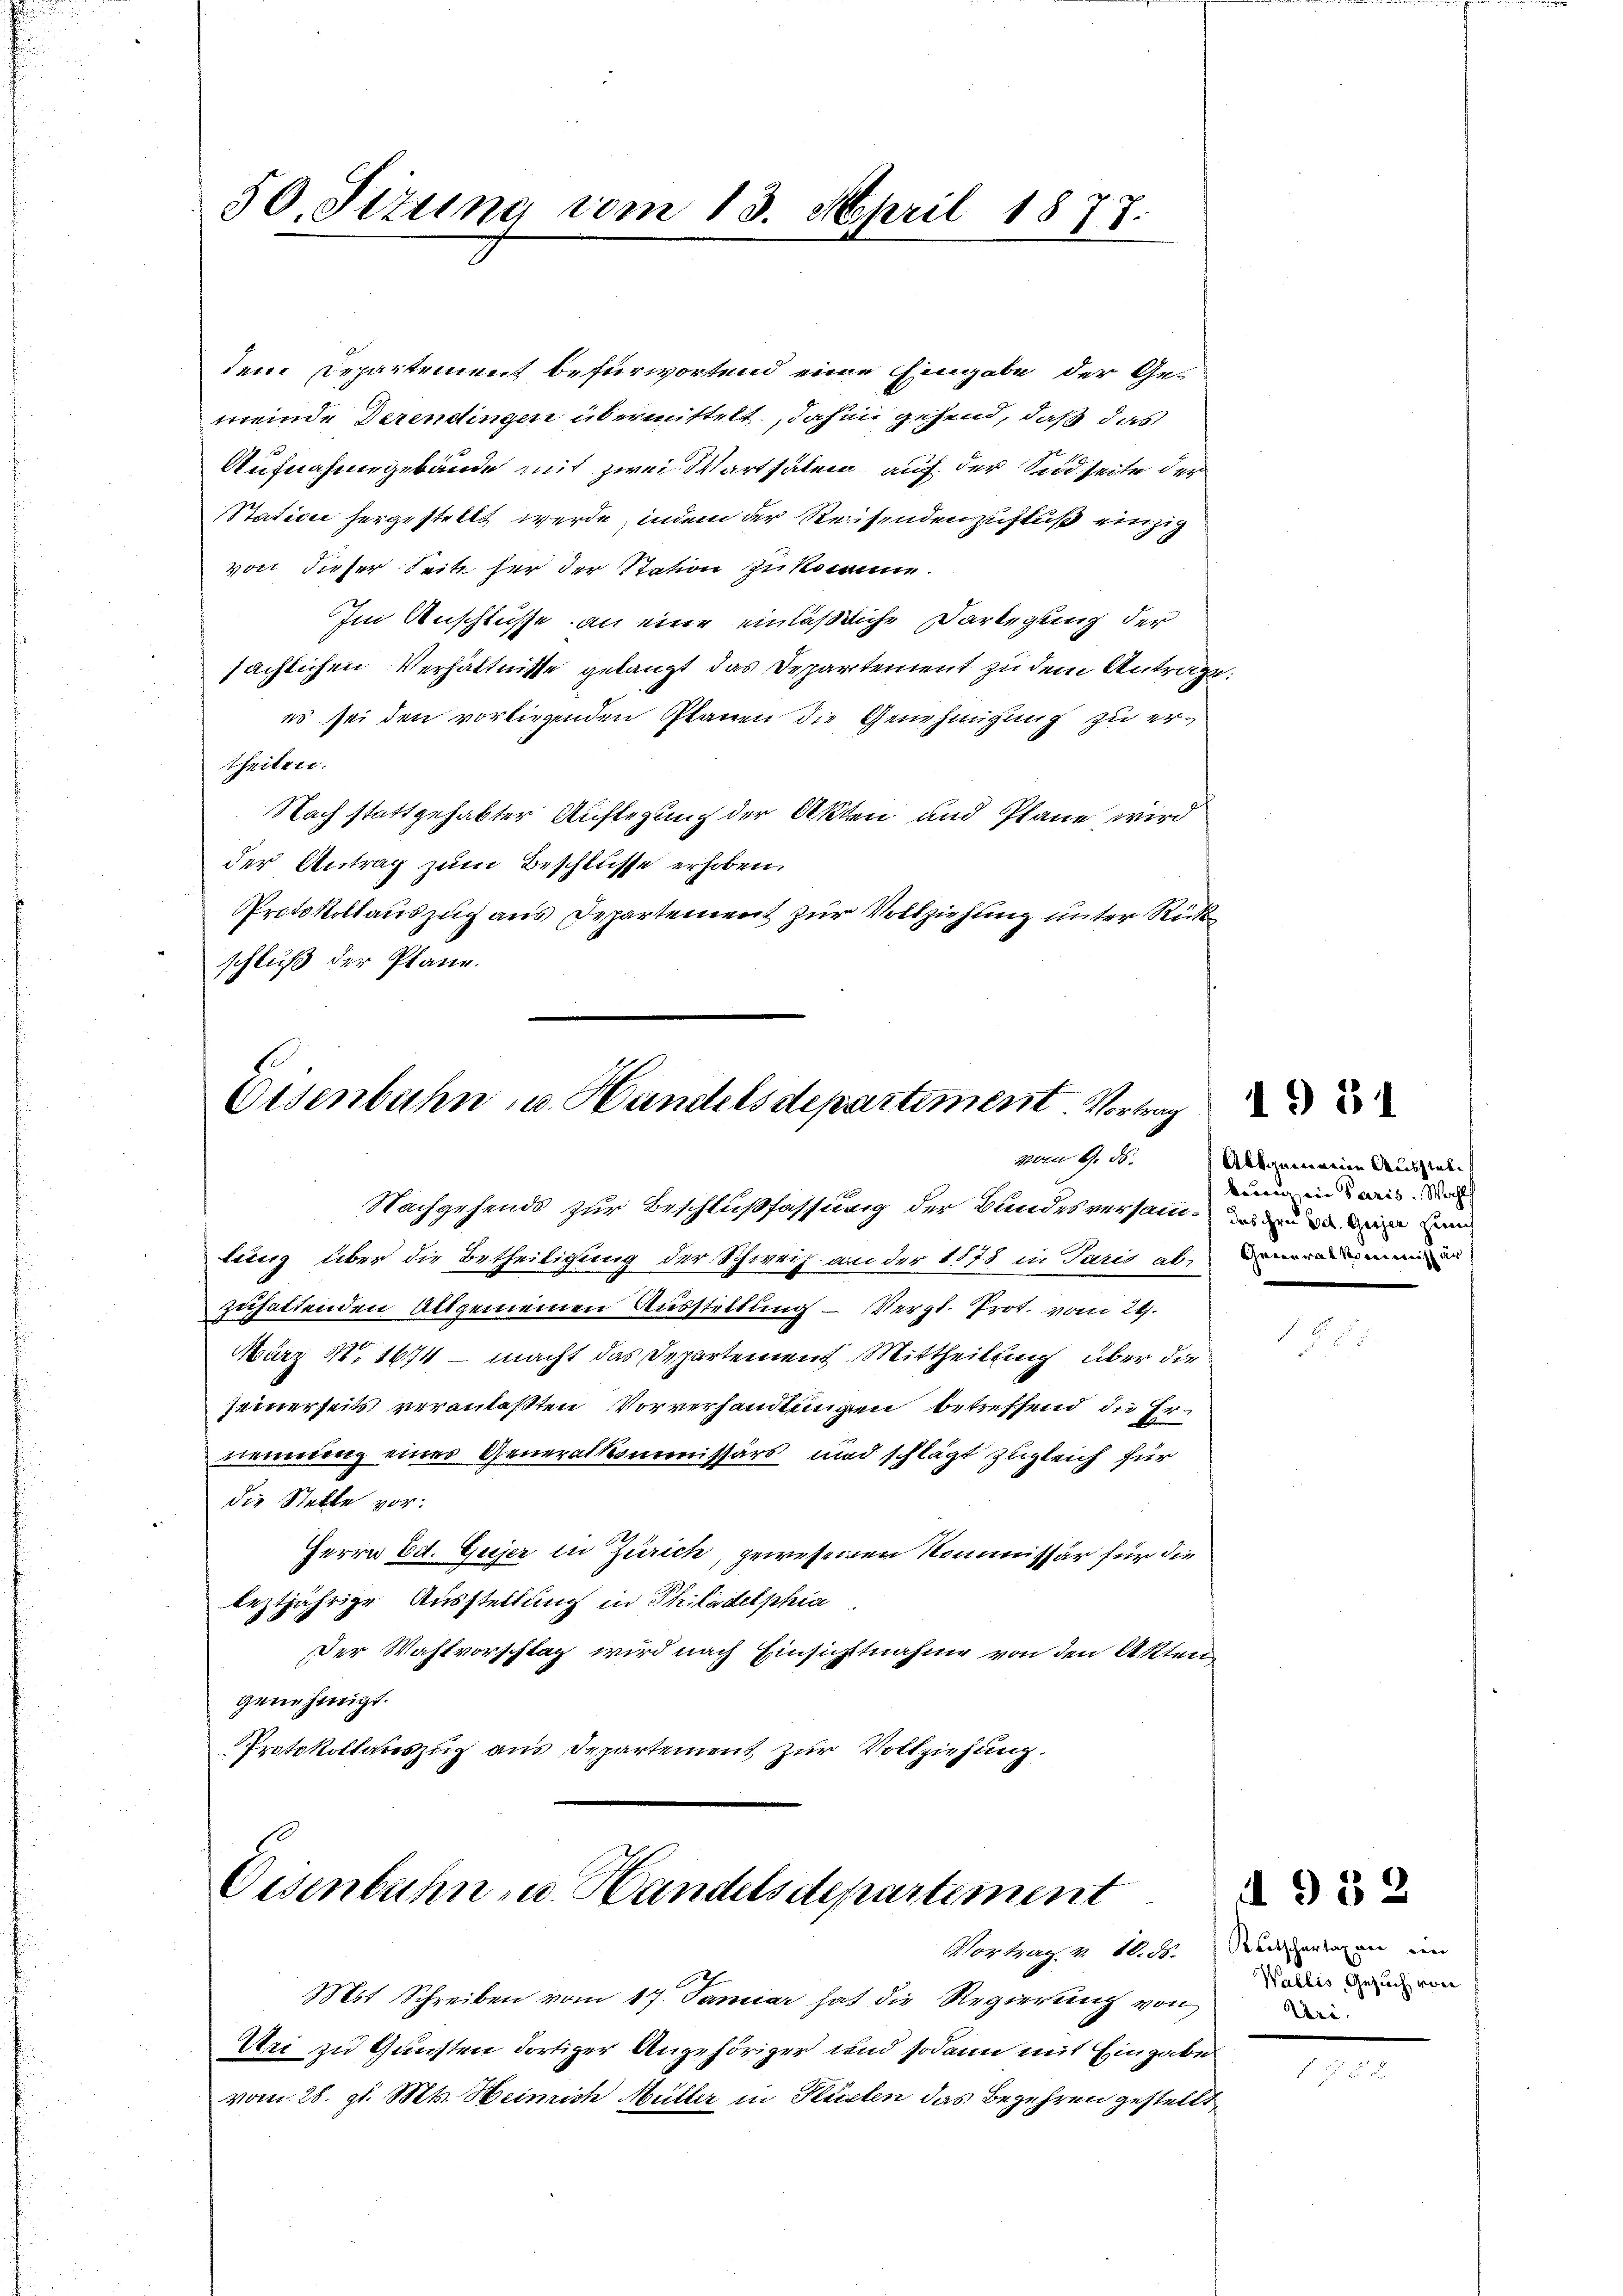
50. Situng vom 13. April 1877.

dem Departement befürwortend eine Eingabe der Ge-
meinde Derendingen übermittelt, dahin gehend, daß das
Aufnahmegebäude mit zwei Wartsälen auf der Seidseite der
Station hergestellt werde, indem der Reisendenzustus einzig
von dieser Seite her der Station zu komme.
Im Anschlüsse, an eine einläßliche Darlegung der
sächlichen Verhältnisse gelangt das Departement zu dem Antrage:
es sei den vorliegenden Planen die Genehmigung zu ertheilen.
Nach stattgehabter Auflegung der Akten und Plane, wird
der Antrag zum Beschlüsse erhoben,
Protokollauszug aus Departement zur Vollziehung unter Rückschluß der Plane.

Eisenbahn u. Handels departement. Vortrag

Nachgehends zur Beschlußfassung der Bundesversamm- und es in de
lung über die Betheiligung der Schweiz an der 1175 in Paris aleman
zuhaltenden Allgemeinen Ausstellung – Vergl. Prot. vom 29.
März No. 1674 – macht das Departement Mittheilung über die
seinerseits veranlaßten Vorverhandlungen betreffend die Ernennung eines Generalkommissärs und schlägt zugleich für
die Stelle vor:
Herrn Ed. Gujer in Zürich, gewesenen Kommissär für die
leztjährige Ausstellung in Philadelphia
Der Wahlvorschlag wird nach Einsichtnahme von den Akten
genehmigt.
Protokollauszug aus Departement zur Vollziehung.

Eisenbahn- u. Handelsdepartement

Mit Schreiben vom 17. Januar hat die Regierung von
Uri zu Gunsten dortiger Angehöriger und sodann mit Eingabe
vom 28. gl. Mts. Heinrich Müller in Küsten das Begehren gestellt

vom 6. d. Allgemein Ausstelbauung ein Paris. Wahl

1931

Mortrag v. 10. d. Repartagen in
Wallis, Gesuch von
Uri.

d 932